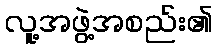
လူ့အဖွဲ့အစည်း၏